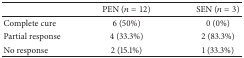
<table><thead><tr><td><b> </b></td><td><b>PEN (<i>n</i> = 12)</b></td><td><b>SEN (<i>n</i> = 3)</b></td></tr></thead><tbody><tr><td>Complete cure</td><td>6 (50%)</td><td>0 (0%)</td></tr><tr><td>Partial response</td><td>4 (33.3%)</td><td>2 (83.3%)</td></tr><tr><td>No response</td><td>2 (15.1%)</td><td>1 (33.3%)</td></tr></tbody></table>